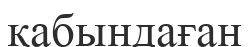
қабындаған